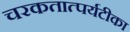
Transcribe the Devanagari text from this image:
चरकतात्पर्यटीका